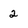
Character: 2